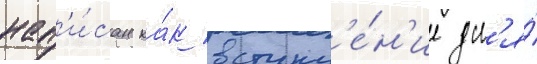
нап'и́сан ка́к вступл'е́н'ие дл'я́